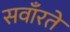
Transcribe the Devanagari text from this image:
सवाँरते